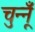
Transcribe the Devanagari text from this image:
चुन्नूँ